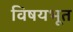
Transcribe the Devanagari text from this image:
विषयभूत